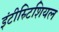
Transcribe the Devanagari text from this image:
इंटीस्र्टिशियल